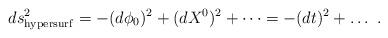
LaTeX: \begin{align*}ds^2_{\rm hypersurf} = -(d\phi_0)^2 + (dX^0)^2 + \dots = - (dt)^2 + \dots~.\end{align*}